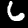
Label: 6